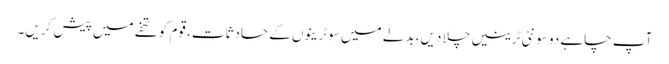
آپ چاہے دو سو نئی ٹرینیں چلا دیں، بدلے میں سو ٹرینوں کے حادثات، قوم کو تحفے میں پیش کریں۔